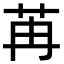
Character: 苒